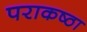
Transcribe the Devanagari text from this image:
पराकष्ठा